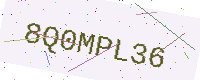
Text: 8Q0MPL36